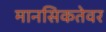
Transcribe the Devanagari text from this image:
मानसिकतेवर